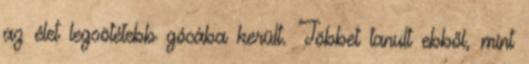
az élet legsötétebb gócába került. Többet tanult ebből, mint